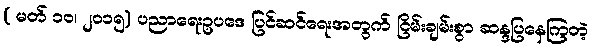
( မတ် ၁၀၊ ၂၀၁၅) ပညာရေးဥပဒေ ပြင်ဆင်ရေးအတွက် ငြိမ်းချမ်းစွာ ဆန္ဒပြနေကြတဲ့